Scottish Leaving Certificate Examination, 1954
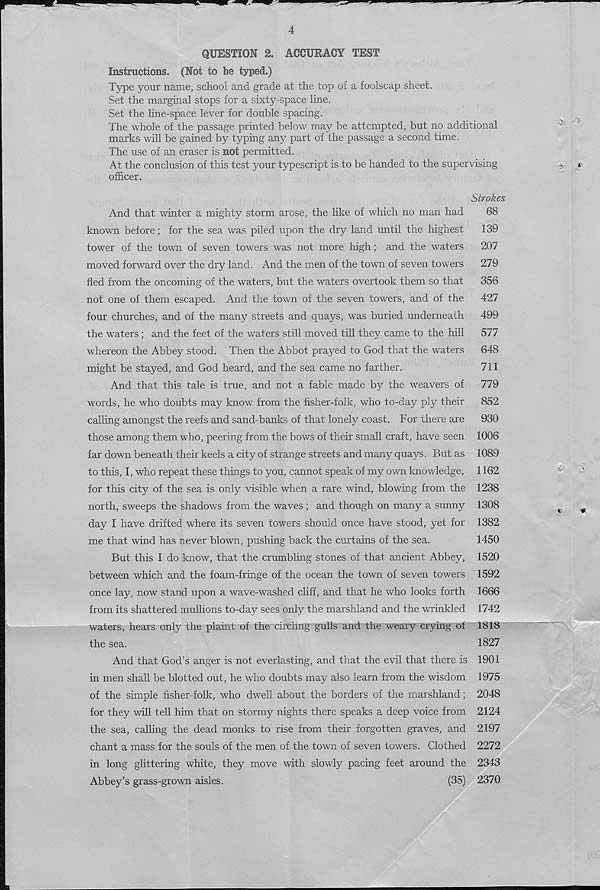
4
QUESTION 2. ACCURACY TEST
Instructions. (Not to be typed.)
Type your name, school and grade at the top of a foolscap sheet.
Set the marginal stops for a sixty-space line.
Set the line-space lever for double spacing.
The whole of the passage printed below may be attempted, but no additional
marks will be gained by typing any part of the passage a second time.
The use of an eraser is not permitted.
At the conclusion of this test your typescript is to be handed to the supervising
officer.
Strokes
And that winter a mighty storm arose, the like of which no man had
68
known before; for the sea was piled upon the dry land until the highest
139
tower of the town of seven towers was not more high; and the waters
207
moved forward over the dry land. And the men of the town of seven towers
279
fled from the oncoming of the waters, but the waters overtook them so that
356
not one of them escaped. And the town of the seven towers, and of the
427
four churches, and of the many streets and quays, was buried underneath
499
the waters ; and the feet of the waters still moved till they came to the hill
577
whereon the Abbey stood. Then the Abbot prayed to God that the waters
648
might be stayed, and God heard, and the sea came no farther.
711
And that this tale is true, and not a fable made by the weavers of
779
words, he who doubts may know from the fisher-folk, who to-day ply their
852
calling amongst the reefs and sand-banks of that lonely coast. For there are
930
those among them who, peering from the bows of their small craft, have seen 1006
far down beneath their keels a city of strange streets and many quays. But as 1089
to this, I, who repeat these things to you, cannot speak of my own knowledge, 1162
for this city of the sea is only visible when a rare wind, blowing from the 1238
north, sweeps the shadows from the waves; and though on many a sunny 1308
day I have drifted where its seven towers should once have stood, yet for 1382
me that wind has never blown, pushing back the curtains of the sea.
1450
But this I do know, that the crumbling stones of that ancient Abbey, 1520
between which and the foam-fringe of the ocean the town of seven towers 1592
once lay, now stand upon a wave-washed cliff, and that he who looks forth 1666
from its shattered mullions to-day sees only the marshland and the wrinkled 1742
waters, hears only the plaint of the^circiing gulls and the weary crying of 1818
the sea.
1827
And that God’s anger is not everlasting, and that the evil that there is 1901
in men shall be blotted out, he who doubts may also learn from the wisdom 1975
of the simple fisher-folk, who dwell about the borders of the marshland; 2048
for they will tell him that on stormy nights there speaks a deep voice from 2124
the sea, calling the dead monks to rise from their forgotten graves, and 2197
chant a mass for the souls of the men of the town of seven towers. Clothed 2272
in long glittering white, they move with slowly pacing feet around the 2343
Abbey’s grass-grown aisles.
(35) 2370